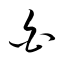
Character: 白